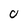
Character: 0